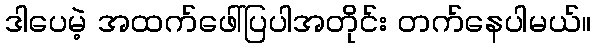
ဒါပေမဲ့ အထက်ဖေါ်ပြပါအတိုင်း တက်နေပါမယ်။